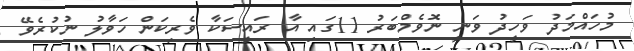
މުހައްމަދު ވަހީދު ވަނީ ނޮވެމްބަރު 11ގައި އާ ރައީސަކާ ވެރިކަން ހަވާލު ނުކުރެވޭ